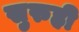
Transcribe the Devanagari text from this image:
सुरुही